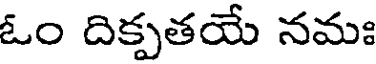
ఓం దిక్పతయే నమః